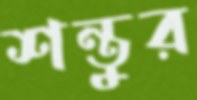
শন্তুর